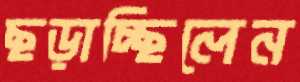
ছড়াচ্ছিলেন